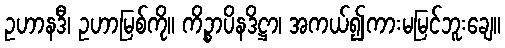
ဥဟာနဒီ၊ ဥဟာမြစ်ကို။ ကိဉ္စာပိနဒိဋ္ဌာ၊ အကယ်၍ကားမမြင်ဘူးချေ။